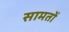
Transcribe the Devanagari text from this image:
सामतों